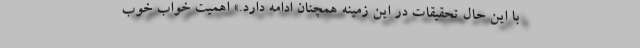
با این حال تحقیقات در این زمینه همچنان ادامه دارد.» اهمیت خواب خوب